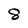
Character: 8